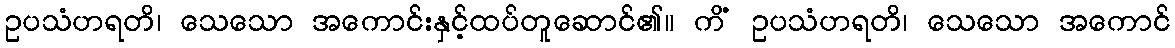
ဥပသံဟရတိ၊ သေသော အကောင်းနှင့်ထပ်တူဆောင်၏။ ကိံ ဥပသံဟရတိ၊ သေသော အကောင်